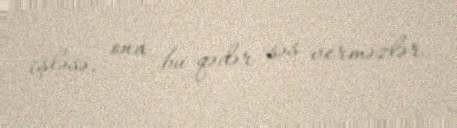
işləsə, ona bu qədər səs verməzlər.